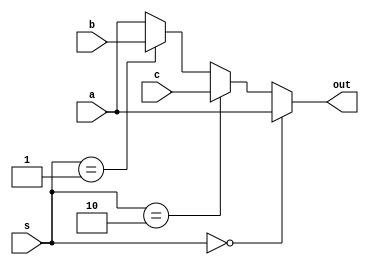
`timescale 1ns / 1ps

module MUX_NEW2 ( input a , b , c, input [1:0] s ,output reg out);
always @(*) 
begin
     if (s==2'b00)
     out = a;
     else if (s==2'b10)
     out =c;
     else if (s==2'b01)
     out = b;
     else
     out = a;     
end
endmodule